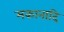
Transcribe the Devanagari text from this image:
मकानादि